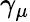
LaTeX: \gamma_{\mu}